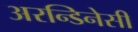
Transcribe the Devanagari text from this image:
अरन्डिनेसी